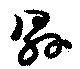
県